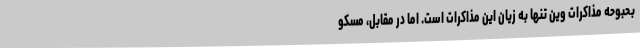
بحبوحه مذاکرات وین تنها به زیان این مذاکرات است. اما در مقابل، مسکو